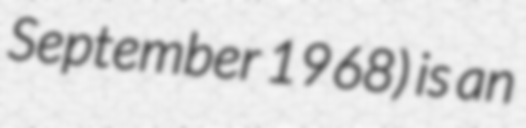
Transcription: September 1968) is an